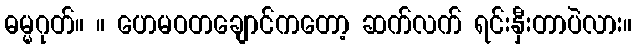
ဓမ္မဂုတ်။ ။ ဟေမဝတချောင်ကတော့ ဆက်လက် ရင်းနှီးတာပဲလား။